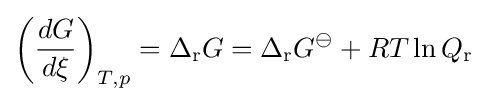
\left({\frac {dG}{d\xi }}\right)_{T,p}=\Delta _{\mathrm {r} }G=\Delta _{\mathrm {r} }G^{\ominus }+RT\ln Q_{\mathrm {r} }